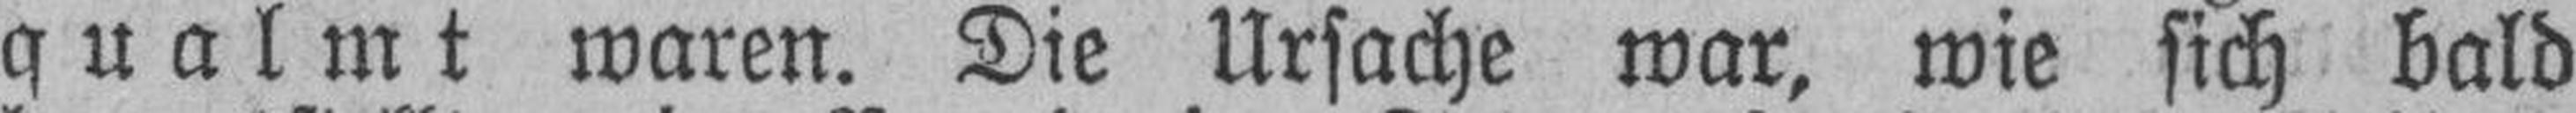
qualmt waren. Die Ursache war, wie sich bald